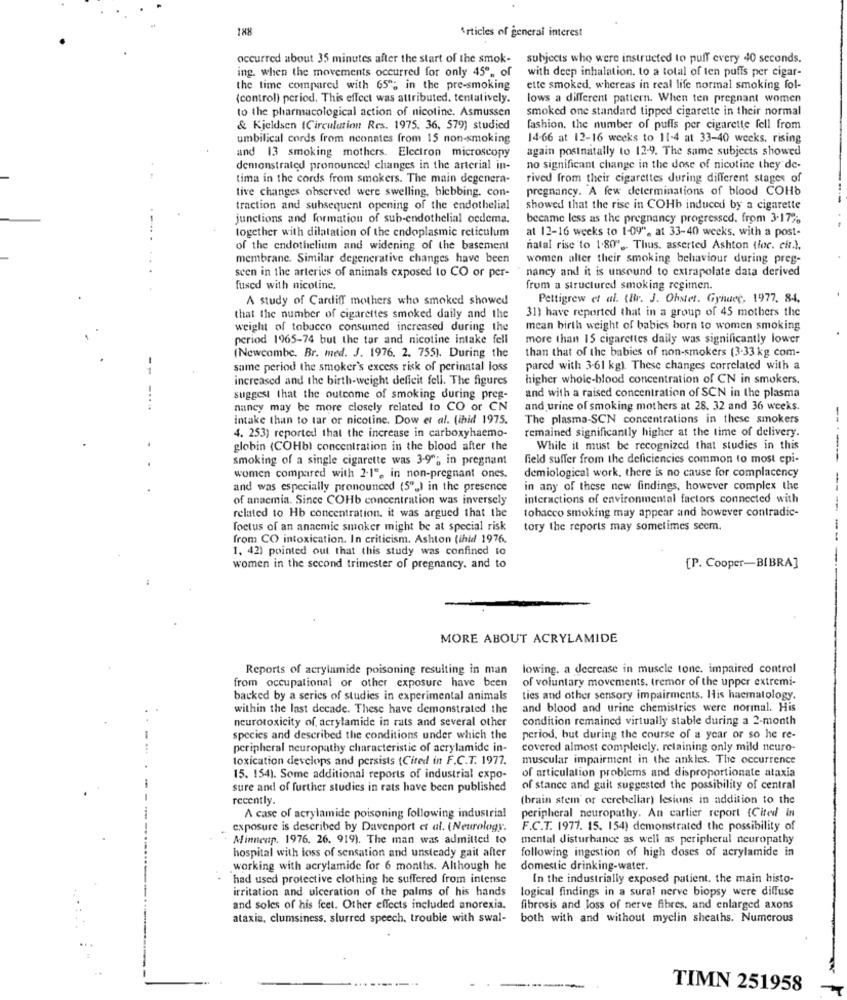
188
Articles of general interest
occurred about 35 minutes after the start of the smok-
subjects who were instructed to puff every 40 seconds.
ing. when the movements occurred for only 45", of
with deep inhalation. to a total of ten puffs per cigar-
the time compared with 65"; in the pre-smoking
ette smoked, whereas in real life normal smoking fol-
(control) period. This effect was attributed. tentatively.
lows a different pattern. When ten pregnant women
to the pharmacological action of nicotine. Asmussen
smoked one standard tipped cigarette in their normal
& Kjeldsen (Circulation Res. 1975. 36, 579) studied
fashion, the number of puffs per cigarette fell from
umbilical cords from nconates from 15 non-smoking
14-66 at 12-16 weeks to 11-4 at 33-40 weeks, rising
and 13 smoking mothers. Electron microscopy
again postnatally to 12-9. The same subjects showed
demonstrated pronounced changes in the arterial in-
no significant change in the dose of nicotine they de-
tima in the cords from smokers. The main degenera-
rived from their cigarettes during different stages of
pregnancy. A few determinations of blood COHb
tive changes observed were swelling, bicbbing. con-
traction and subsequent opening of the endothelial
showed that the rise in COHb induced by a cigarette
junctions and formation of sub-endothelial oedema.
became less as the pregnancy progressed. from 3-17%
at 12-16 weeks to 1-09", at 33-40 weeks, with a post-
together with dilatation of the endoplasmic reticulum
of the endothelium and widening of the basement
natal rise to 1.80", Thus, asserted Ashton (loc. cit.).
membrane. Similar degenerative changes have been
women alter their smoking behaviour during preg-
seen in the arteries of animals exposed to CO or per-
nancy and it is unsound to extrapolate data derived
fused with nicotine.
from a structured smoking regimen.
A study of Cardiff mothers who smoked showed
Pettigrew et al. (Br. J. Ohstet. Gyhace, 1977, 84.
311 have reported that in a group of 45 mothers the
that the number of cigarettes smoked daily and the
weight of tobacco consumed increased during the
mean birth weight of babies born to women smoking
period 1965-74 but the tar and nicotine intake fell
more than 15 cigarettes daily was significantly lower
(Newcombe. Br. med. J. 1976. 2. 755). During the
than that of the babies of non-smokers (3-33 kg com-
same period the smoker's excess risk of perinatal loss
pared with 3-61 kg). These changes correlated with a
increased and the birth-weight deficit fell. The figures
higher whole-blood concentration of CN in smokers.
suggest that the outcome of smoking during preg-
and with a raised concentration of SCN in the plasma
nancy may be more closely related to CO or CN
and urine of smoking mothers at 28. 32 and 36 weeks.
intake than to tar or nicotine. Dow et al. (ihid 1975.
The plasma-SCN concentrations in these smokers
--
remained significantly higher at the time of delivery.
4. 253) reported that the increase in carboxyhaemo-
globin (COHb) concentration in the blood after the
While il must be recognized that studies in this
smoking of a single cigarette was 3-9"; in pregnant
field suffer from the deficiencies common to most epi-
---
women compared with 2-1", in non-pregnant ones.
demiological work, there is no cause for complacency
and was especially pronounced (5"_) in the presence
in any of these new findings, however complex the
of anaemia. Since COHb concentration was inversely
interactions of environmental factors connected with
tobacco smoking may appear and however contradic-
related to Hb concentration. it was argued that the
foetus of an anacmic smoker might be at special risk
tory the reports may sometimes seem.
from CO intoxication. In criticism. Ashton (ihid 1976.
1. 42) pointed out that this study was confined to
-
women in the second trimester of pregnancy. and to
[P. Cooper-B[BRA]
MORE ABOUT ACRYLAMIDE
Reports of acrylamide poisoning resulting in man
lowing. a decrease in muscle tone. impaired control
from occupational or other exposure have been
of voluntary movements, tremor of the upper extremi-
backed by a series of studies in experimental animals
ties and other sensory impairments. His haematology.
within the last decade. These have demonstrated the
and blood and urine chemistrics were normal. His
neurotoxicity of, acrylamide in rats and several other
condition remained virtually stable during a 2-month
species and described the conditions under which the
period, but during the course of a year or so he re-
peripheral neuropathy characteristic of acrylamide in-
covered almost completely. retaining only mild neuro-
toxication develops and persists (Cited in F.C.T. 1977.
muscular impairment in the ankles. The occurrence
15. 154). Some additional reports of industrial expo-
of articulation problems and disproportionate ataxia
sure and of further studies in rats have been published
of stance and gait suggested the possibility of central
recently.
(brain stem or cerebellar) lesions in addition to the
A case of acrylamide poisoning following industrial
peripheral neuropathy. An carlier report {Cited in
exposure is described by Davenport et al. (Neurology.
F.C.T. 1977. 15. 154) demonstrated the possibility of
Minnenp. 1976. 26. 919). The man was admitted to
mental disturbance as well as peripheral neuropathy
following ingestion of high doses of acrylamide in
hospital with loss of sensation and unsteady gait after
working with acrylamide for 6 months. Although he
domestic drinking-water.
had used protective clothing he suffered from intense
In the industrially exposed patient. the main histo-
irritation and ulceration of the palms of his hands
logical findings in a sural nerve biopsy were diffuse
and soles of his feet. Other effects included anorexia.
fibrosis and loss of nerve fibres, and enlarged axons
ataxia, clumsiness, slurred speech, trouble with swal-
both with and without myelin sheaths. Numerous
TIMN 251958